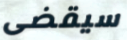
سيقضى